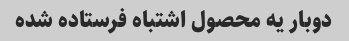
دوبار یه محصول اشتباه فرستاده شده